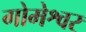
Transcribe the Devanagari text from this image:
गोमेश्वर